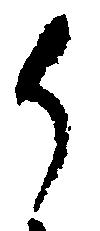
御